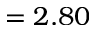
= 2 . 8 0